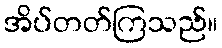
အိပ်တတ်ကြသည်။